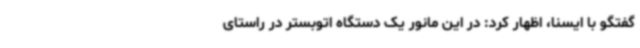
گفتگو با ایسنا، اظهار کرد: در این مانور یک دستگاه اتوبستر در راستای